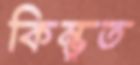
কিম্ভূত